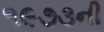
૧૯૭૩ની